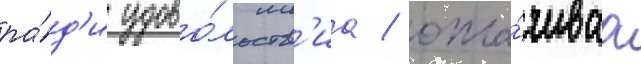
ра́д'и удово́льств'иа / опла́чиваа